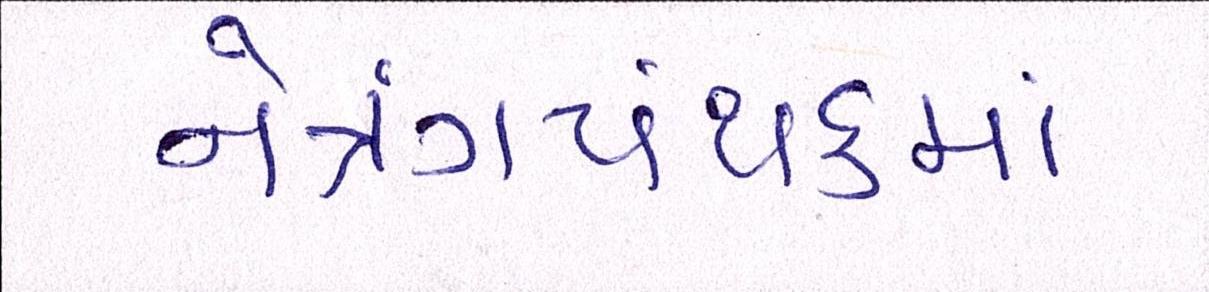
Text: નેત્રંગપંથકમાં